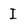
Character: I